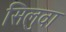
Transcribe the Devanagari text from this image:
सिलुवा